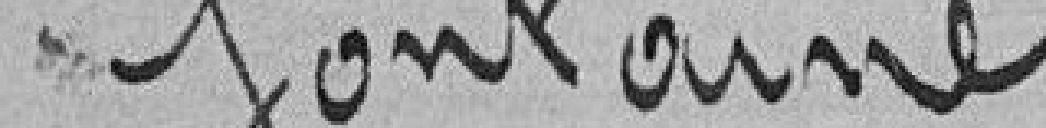
fontaine